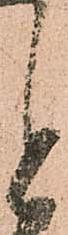
と